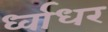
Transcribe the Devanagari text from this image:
र्ध्वाधर